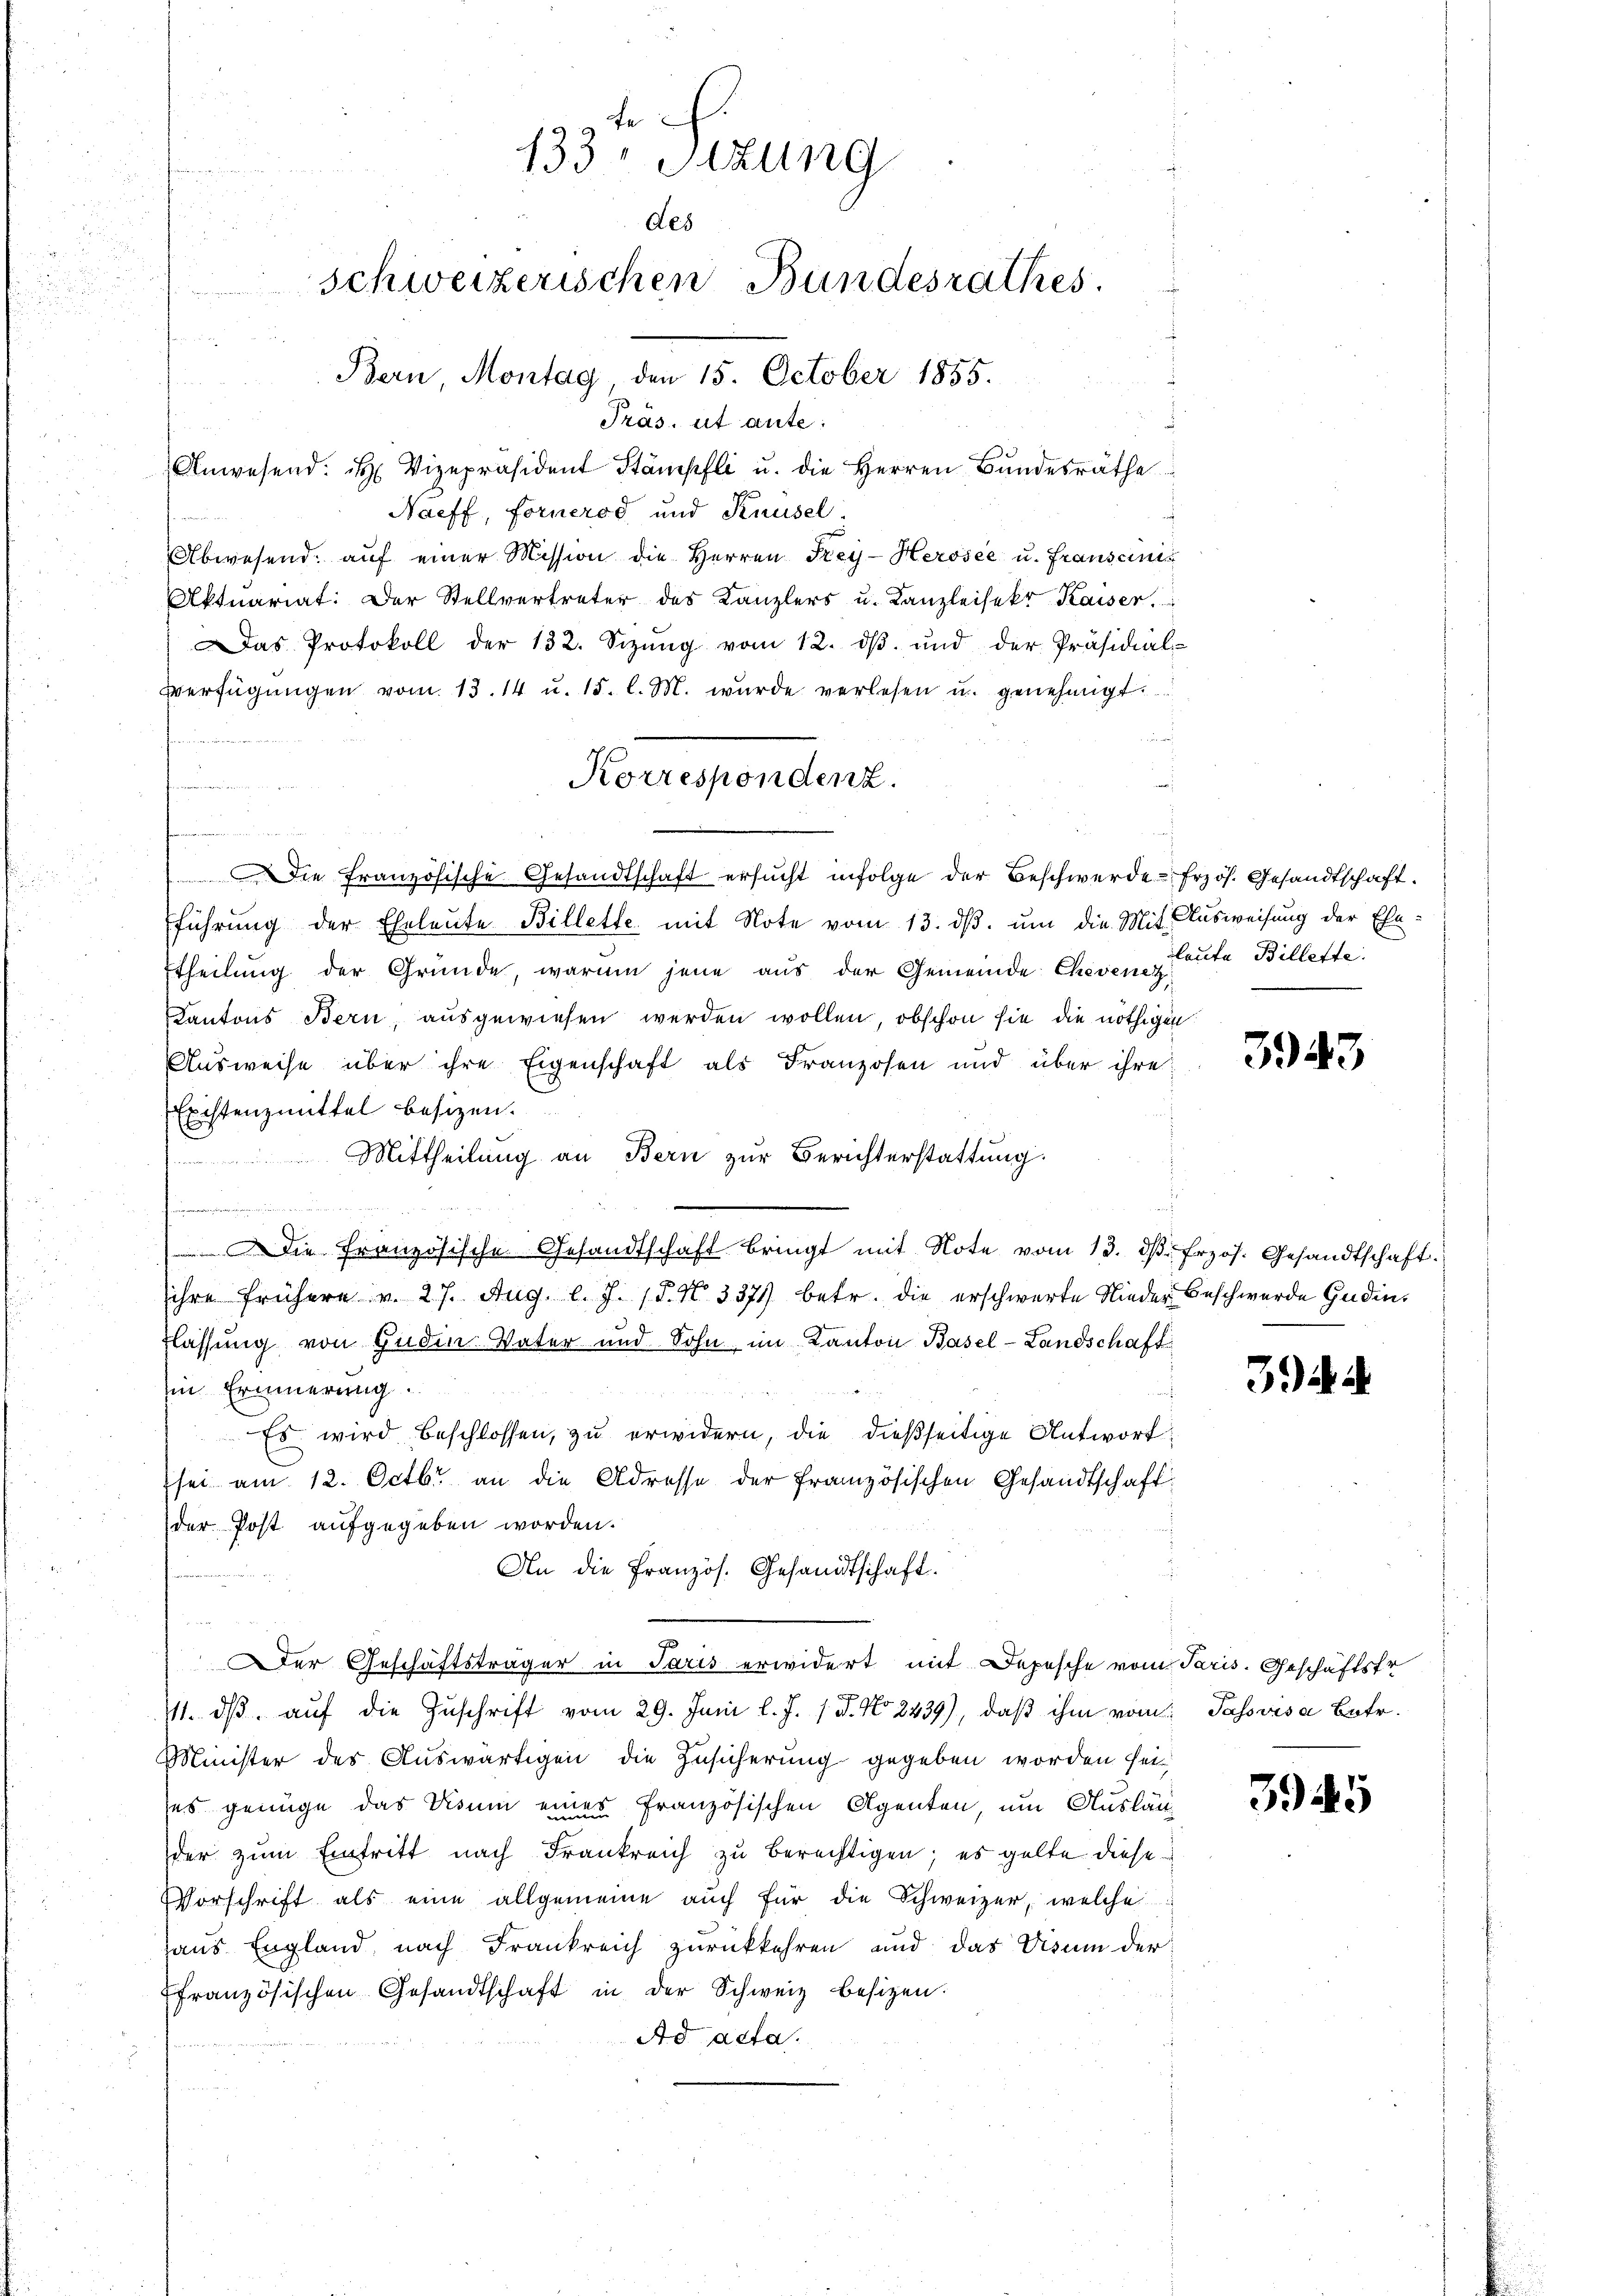
133, Sitzung
des
schweizerischen Bundesrathes.
Bern Montag, den 15. October 1855.
Präs. ut aute.

Anwesend: H. Vizepräsident Stämpfli u. die Herren Bŭndesräthe
Naeff, Fornerod und Knüsel.
e
Abwesend. aŭf einer Mission die Herren Frey-Herosee u. Franscinis
Aktuariat. Der Stellvertreter des Kanzlers u. Kanzleisekr Kaiser.
Das Protokoll der 132. Sizŭng vom 12. dβ ŭnd der Präsidial-
Verfügŭngen vom 13. 14 u. 15. l. M. wurde verlesen u. genehmigt.
a
tanderen
Die französische Gesandtschaft ersucht infolge der Beschwerde Erzös. Gesandtschaft.
führung der Eheleute Billette, mit Note vom 13. dβ. um die Mit Ausweisung der Ehe-
Etheilung der Gründe, warum jene aus der Gemeinde Cheven Corte Billette
Kantons Bern, ausgewiesen werden wollen, obschon sie die nöthigen
Ausweise über ihre Eigenschaft als Franzosen und über ihre
Existenzmittel besizen.
 Mittheilung an Bern zur Berichterstattung.
m
Die französische Gesandtschaft bringt mit Note vom 13. d. frzös. Gesandtschaft.
sihre frühere v. 27. Aug. l. J. 18. No. 3371 betr. die erschwerte Nieder Beschwerde Gedinflassung von Gudin. Vater und Sohn im Kanton Basel-Landschaft
in Erinnerung
Es wird beschlossen, zu erwidern, die dießseitige Antwort
sei am 12. Octbr. an die Adresse der französischen Gesandtschaft
der Post aufgegeben worden.
An die Französ. Gesandtschaft.
Der Geschäftsträger in Paris erwidert mit Depesche vom Paris. Geschäftsfr
111. dβ aŭf die Zuschrift vom 29. Juni l. J. 18. No 2239), daß ihm vom Tassvisa Betr.
Minister des Auswärtigen die Zusicherung gegeben worden sei
ses genüge das Visum eines französischen Agenten, um Auslän-
der zum Eintritt nach Frankreich zu berechtigen; es gelte diese
Vorschrift als eine allgemeine auch für die Schweizer, welche
haus England, nach Frankreich zurückkehren und das Visum der
französischen Gesandtschaft in der Schweiz besizen.
Ad acta.

Korrespondenz.

3943

394

3945